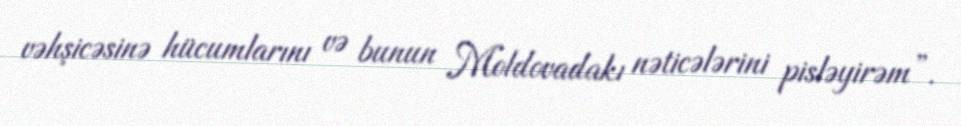
vəhşicəsinə hücumlarını və bunun Moldovadakı nəticələrini pisləyirəm”.